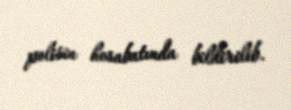
polisin hesabatında bildirilib.